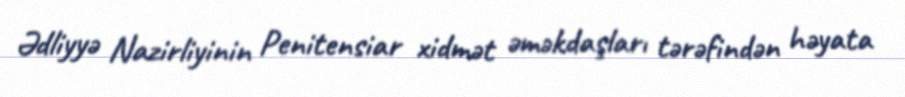
Ədliyyə Nazirliyinin Penitensiar xidmət əməkdaşları tərəfindən həyata